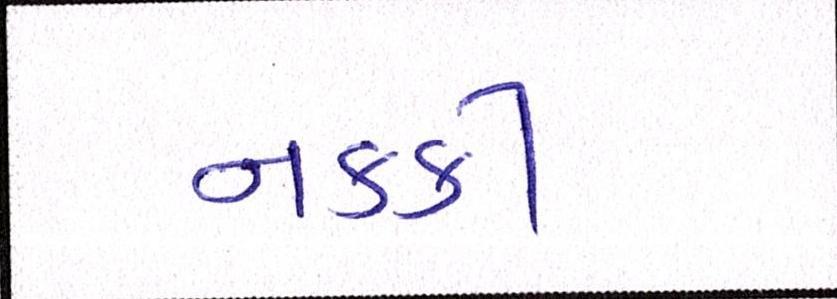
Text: નકકી